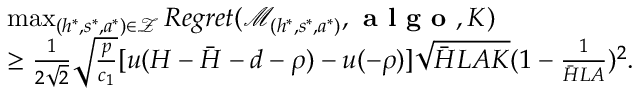
\begin{array} { r l } & { \mathop { \operatorname* { m a x } } _ { ( h ^ { * } , s ^ { * } , a ^ { * } ) \in \mathcal { Z } } R e g r e t ( \mathcal { M } _ { ( h ^ { * } , s ^ { * } , a ^ { * } ) } , \textbf { a l g o } , K ) } \\ & { \geq \frac { 1 } { 2 \sqrt { 2 } } \sqrt { \frac { p } { c _ { 1 } } } [ u ( H - \bar { H } - d - \rho ) - u ( - \rho ) ] \sqrt { \bar { H } L A K } ( 1 - \frac { 1 } { \bar { H } L A } ) ^ { 2 } . } \end{array}